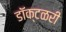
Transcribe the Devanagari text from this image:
डॉक्टळरी